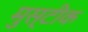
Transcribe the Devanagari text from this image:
मुस्टीक